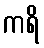
ကရိ